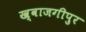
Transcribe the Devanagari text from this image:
ख्वाजगीपुर